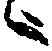
々